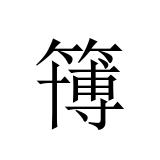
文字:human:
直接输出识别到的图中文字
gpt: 簙